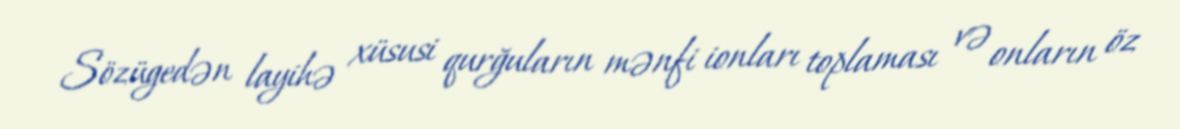
Sözügedən layihə xüsusi qurğuların mənfi ionları toplaması və onların öz